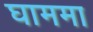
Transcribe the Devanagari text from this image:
घाममा